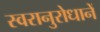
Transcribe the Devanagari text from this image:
स्वरानुरोधानें